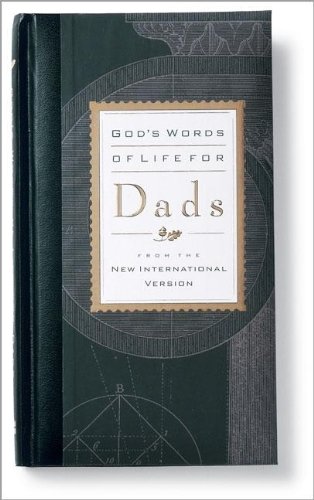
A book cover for God's Words of Life for Dads; Zondervan; Christian Books & Bibles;